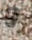
و